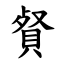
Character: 䝳